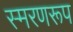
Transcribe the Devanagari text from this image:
स्मरणरूप